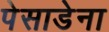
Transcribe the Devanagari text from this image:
पेसाडेना